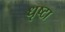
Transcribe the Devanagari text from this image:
धृष्टा